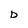
Character: D